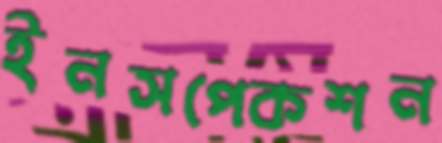
ইনসপেকশন